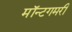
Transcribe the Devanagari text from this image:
मॉन्टगमरी